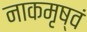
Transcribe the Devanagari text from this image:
नाकमृष्वं